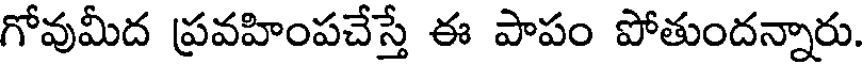
గోవుమీద ప్రవహింపచేస్తే ఈ పాపం పోతుందన్నారు.